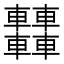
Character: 𨏿